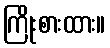
ကြိုးစားထား။